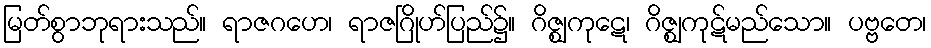
မြတ်စွာဘုရားသည်။ ရာဇဂဟေ၊ ရာဇဂြိုဟ်ပြည်၌။ ဂိဇ္ဈကုဋေ၊ ဂိဇ္ဈကုဋ်မည်သော။ ပဗ္ဗတေ၊